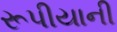
રૂપીયાની